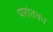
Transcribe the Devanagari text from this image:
परांतका